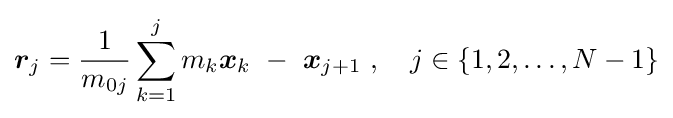
{\boldsymbol {r}}_{j}={\frac {1}{m_{0j}}}\sum _{k=1}^{j}m_{k}{\boldsymbol {x}}_{k}\ -\ {\boldsymbol {x}}_{j+1}\ ,\quad j\in \{1,2,\dots ,N-1\}